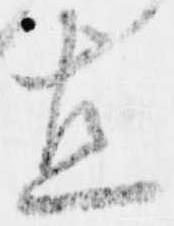
直